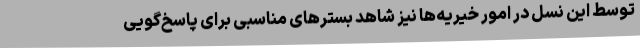
توسط این نسل در امور خیریه‌ها نیز شاهد بسترهای مناسبی برای پاسخ‌گویی